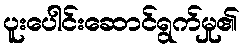
ပူးပေါင်းဆောင်ရွက်မှု၏